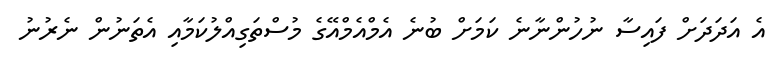
އެ އަދަދަށް ފައިސާ ނުހުންނާނެ ކަމަށް ބުނެ އެމްއެމްއޭގެ މުސްތަގިއްލުކަމާއި އެތަނުން ނެރުނު